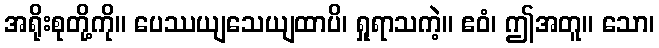
အရိုးစုတို့ကို။ ပေဿယျသေယျထာပိ၊ ရှုရာသကဲ့။ ဧဝံ၊ ဤအတူ။ သော၊